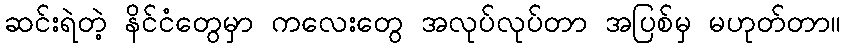
ဆင်းရဲတဲ့ နိင်ငံတွေမှာ ကလေးတွေ အလုပ်လုပ်တာ အပြစ်မှ မဟုတ်တာ။